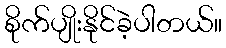
စိုက်ပျိုးနိုင်ခဲ့ပါတယ်။